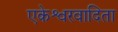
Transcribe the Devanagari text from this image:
एकेश्वरवादिता